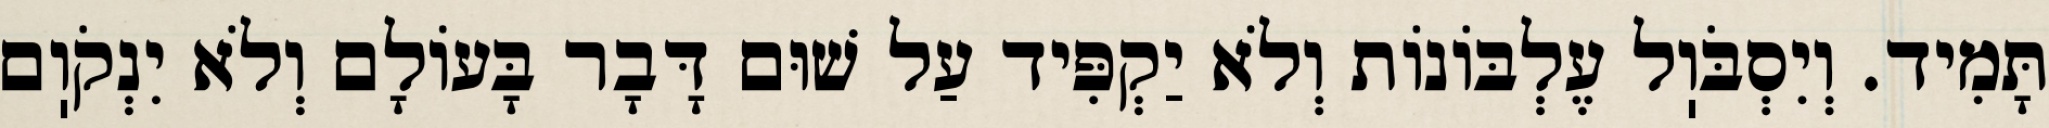
תָּמִיד. וְיִסְבֹּוֽל עֶלְבּוֹנוֹת וְלֹא יַקְפִּיד עַל שׁוּם דָּבָר בָּעוֹלָם וְלֹא יִנְקֹוֽם